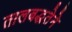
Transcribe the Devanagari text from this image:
तालबद्धतेने